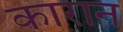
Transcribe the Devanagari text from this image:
कारान